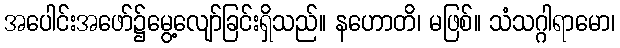
အပေါင်းအဖော်၌မွေ့လျော်ခြင်းရှိသည်။ နဟောတိ၊ မဖြစ်။ သံသဂ္ဂါရာမော၊